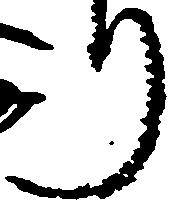
り